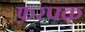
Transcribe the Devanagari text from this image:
फ़रपक